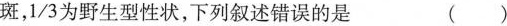
斑,\frac{1}{3}为野生型性状，下列叙述错误的是 ()